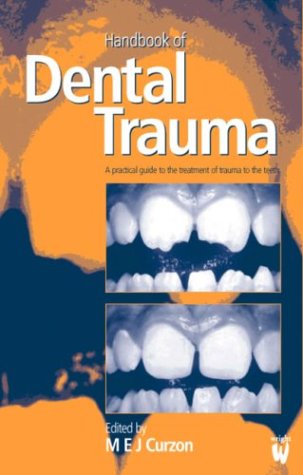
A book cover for Handbook of Dental Trauma: A Practical Guide to the Treatment of Trauma to the Teeth; M. E. J. Curzon BDS  MSc  PhD  FRCD(Can)  FDSRCS(Eng); Medical Books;